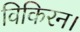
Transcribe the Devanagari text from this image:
विकिरन।